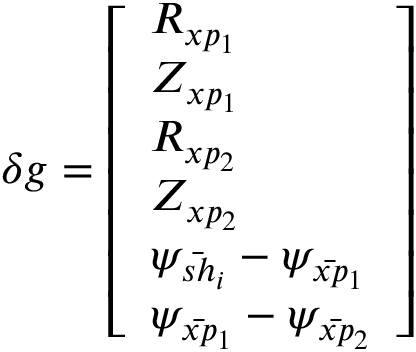
\delta g = \left[ \begin{array} { l } { R _ { x p _ { 1 } } } \\ { Z _ { x p _ { 1 } } } \\ { R _ { x p _ { 2 } } } \\ { Z _ { x p _ { 2 } } } \\ { \psi _ { \bar { s h } _ { i } } - \psi _ { \bar { x p } _ { 1 } } } \\ { \psi _ { \bar { x p } _ { 1 } } - \psi _ { \bar { x p } _ { 2 } } } \end{array} \right]